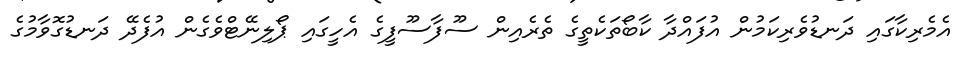
އެމެރިކާގައި ދަނޑުވެރިކަމުން އުފައްދާ ކާބޯތަކެތީގެ ތެރެއިން ސޫފާސޫފީގެ އެހީގައި ޕޯލިނޭޓްވެގެން އުފެދޭ ދަނޑުގޮވާމުގެ